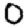
Digit: 0